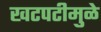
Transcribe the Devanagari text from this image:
खटपटीमुळे